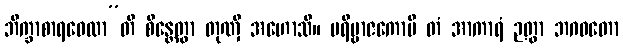
ဘိက္ခာစာရဝေလာ”တိ စိန္တေတွာ တုဏှီ အဟောသိ။ ပရိဗ္ဗာဇကောပိ တံ အာကာရံ ဉတွာ ဘဂဝတော